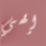
إلهي